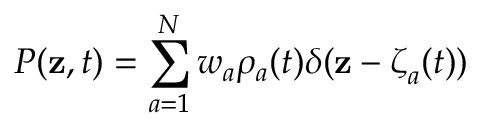
{ \cal P } ( { \mathbf { z } } , t ) = \sum _ { a = 1 } ^ { N } w _ { a } \rho _ { a } ( t ) \delta ( { \mathbf { z } } - { \boldsymbol { \zeta } } _ { a } ( t ) )